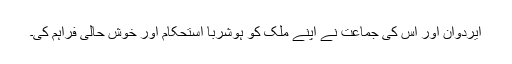
ایردوان اور اس کی جماعت نے اپنے ملک کو ہوشربا استحکام اور خوش حالی فراہم کی۔